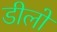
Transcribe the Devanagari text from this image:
डीलों